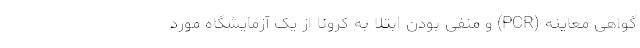
گواهی معاینه (PCR) و منفی بودن ابتلا به کرونا از یک آزمایشگاه مورد